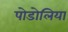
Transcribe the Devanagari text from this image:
पोडोलिया